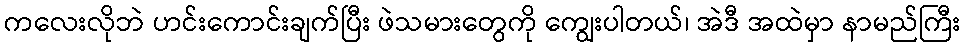
ကလေးလိုဘဲ ဟင်းကောင်းချက်ပြီး ဖဲသမားတွေကို ကျွေးပါတယ်၊ အဲဒီ အထဲမှာ နာမည်ကြီး